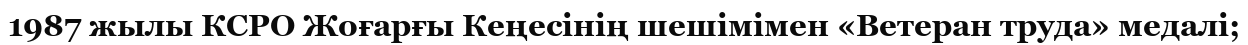
1987 жылы КСРО Жоғарғы Кеңесінің шешімімен «Ветеран труда» медалі;